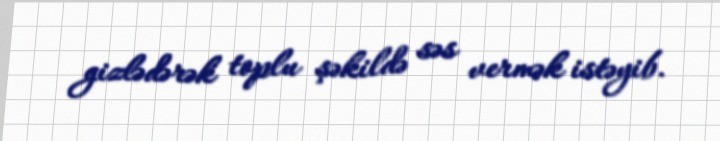
gizlədərək toplu şəkildə səs vermək istəyib.